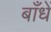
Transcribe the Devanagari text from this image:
बाँधें